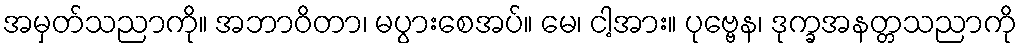
အမှတ်သညာကို။ အဘာဝိတာ၊ မပွားစေအပ်။ မေ၊ ငါ့အား။ ပုဗ္ဗေန၊ ဒုက္ခအနတ္တသညာကို